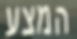
המצע